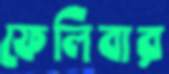
ফেলিবার